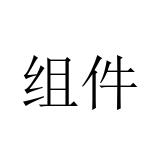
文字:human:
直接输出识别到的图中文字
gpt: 组件